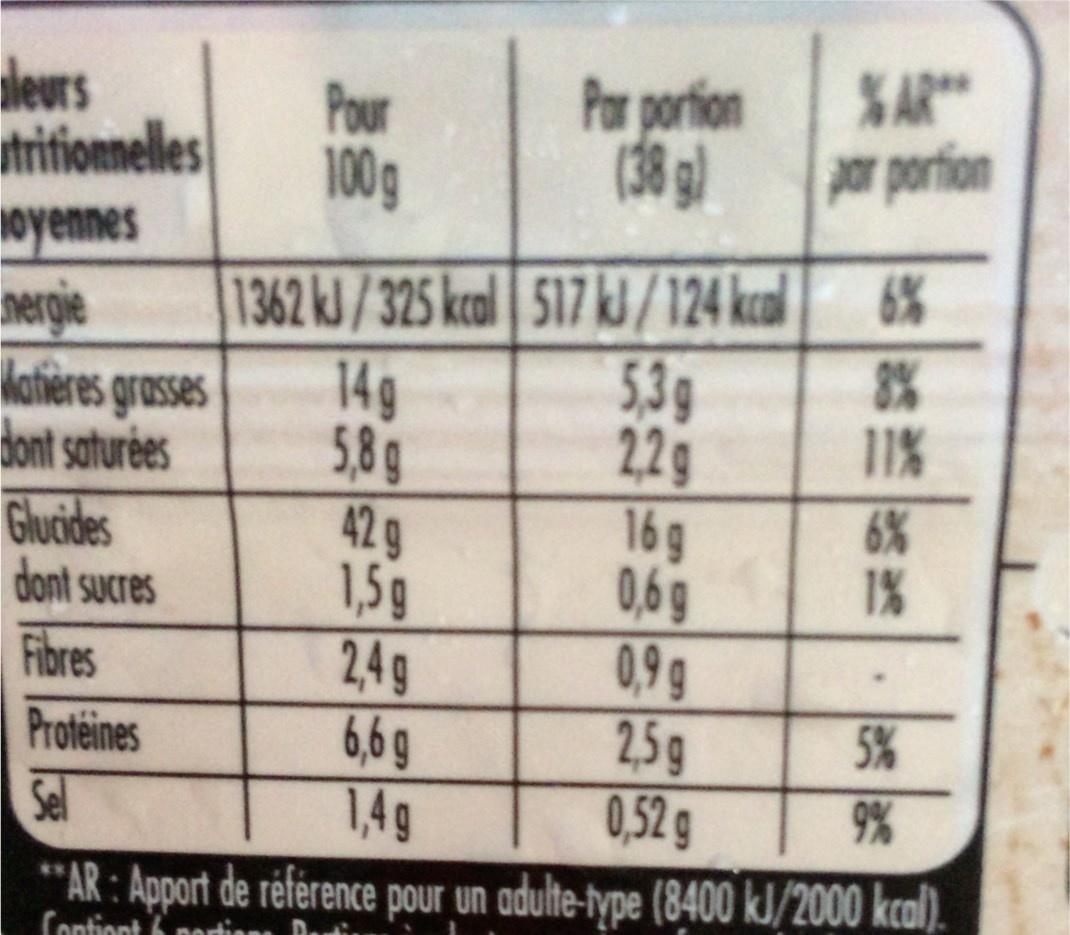
dleurs utrifionnelles oyennes nergie katieres grasses dont saturées Glucides dont sucres Fibres
SAR
Pour 100g
Por porfion (38 g)
par portion
1362 kJ/325 kcal 517 kl/124 kcal 6% 5.3g 22g 16g 0,6g 0,9g 2,5g 0,52 g "AR : Apport de réference pour un adulte-type (8400 kJ/2000 kcal).
14g 5,8g 42g
8% 11% 6% 1%
1,5g
24g 6,6g 1,4g
Proteines
5%
Sel
9%
Contiont 6 nortian Do